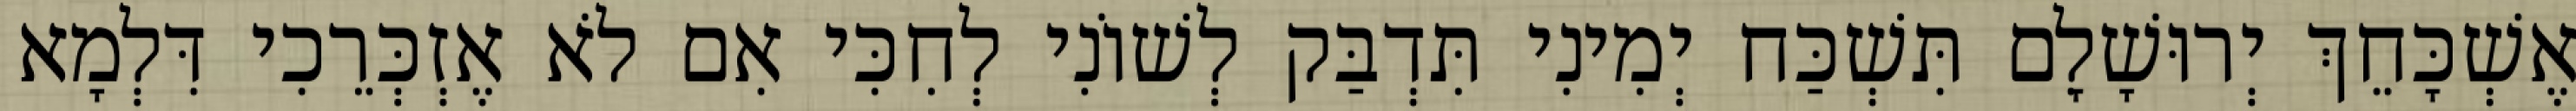
אֶשְׁכָּחֵךְ יְרוּשָׁלִָם תִּשְׁכַּח יְמִינִי תִּדְבַּק לְשׁוֹנִי לְחִכִּי אִם לֹא אֶזְכְּרֵכִי דִּלְמָא